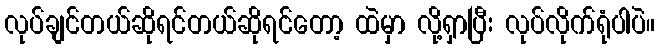
လုပ်ချင်တယ်ဆိုရင်တယ်ဆိုရင်တော့ ထဲမှာ လို့ရှာပြီး လုပ်လိုက်ရုံပါပဲ။